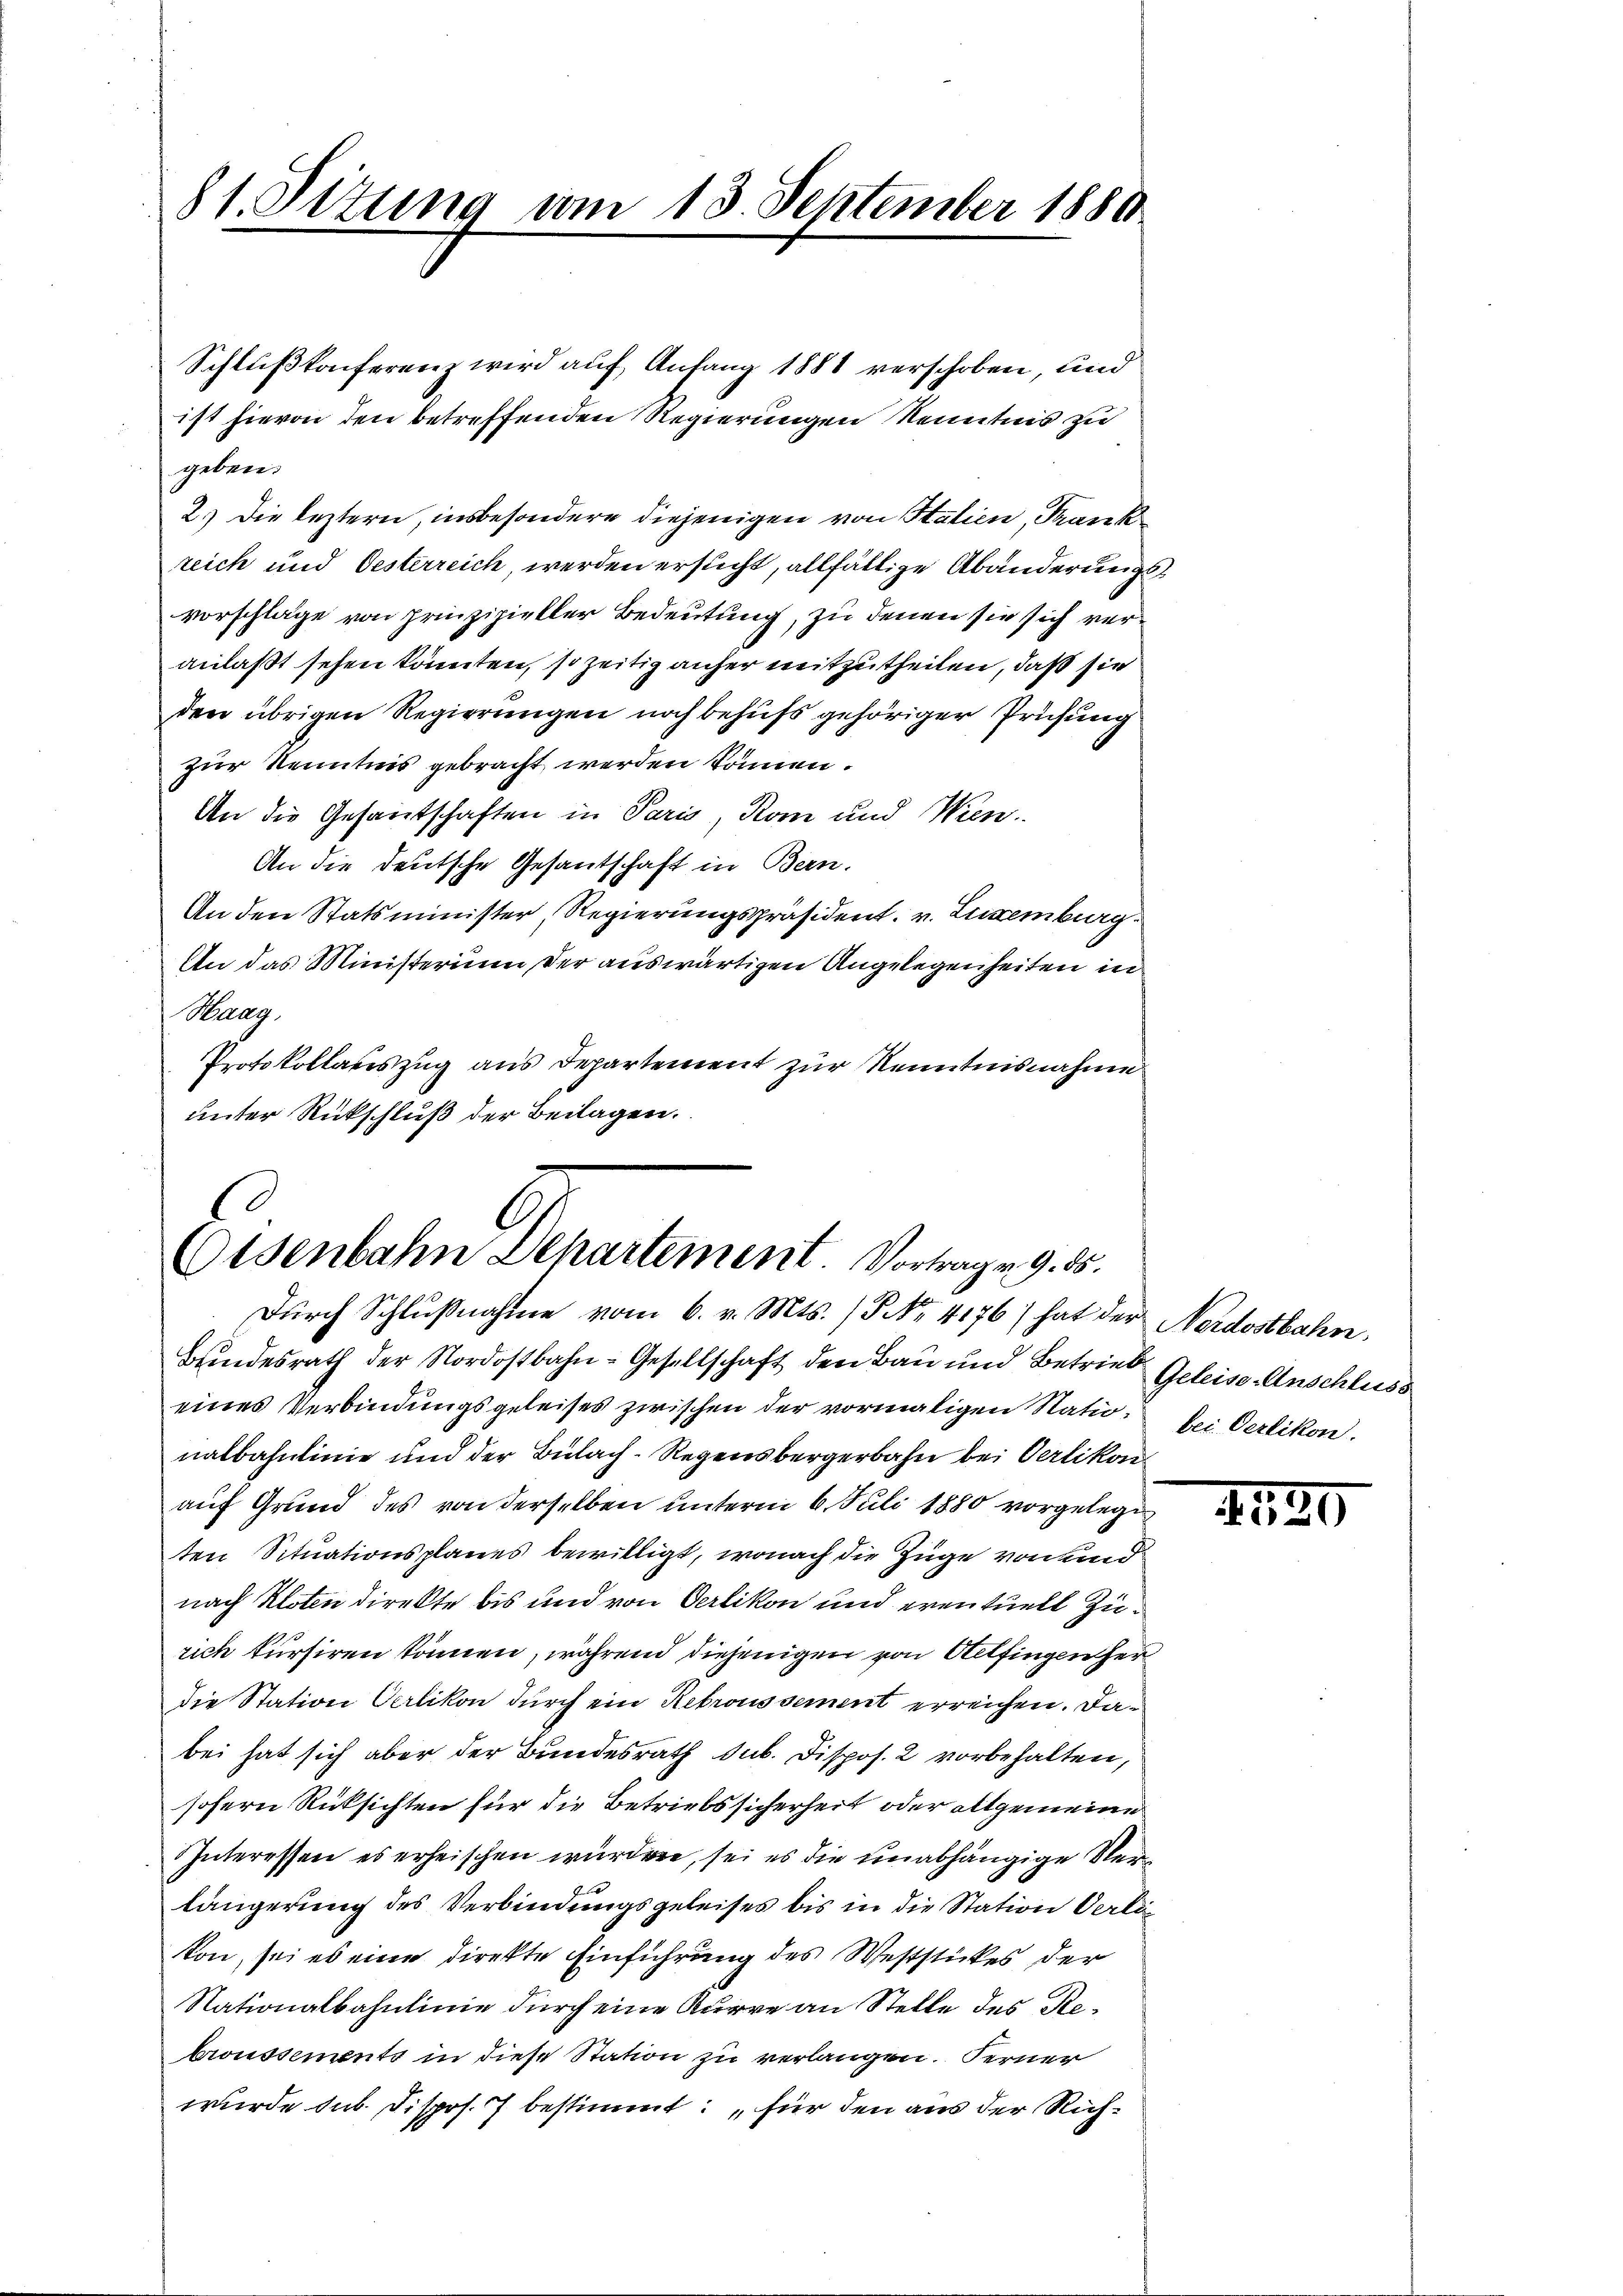
81. Pitung vom 13. September 1880

Osenbahn Departement. Vortrag v. 9. ds.
Dŭrch Schlŭβnahme vom 6. v. Mts. (T NNo. 4176) hat der Nordostbahn

Schlußkonferenz wird auf Anfang 1881 verschoben, und
ist hievon den betreffenden Regierungen Kenntnis zu
geben.
2.) Die leztern, insbesondere diejenigen von Statien, Frank
reich und Oesterreich, werden ersticht, allfällige Abänderungsvorschläge von prinzipieller Bedeutung, zu denen sie sich veranlaßt sehen könnten, so zeitig anher mitzutheilen, daß sie
den übrigen Regierungen noch behufs gehöriger Prüfung
zur Kenntnis gebracht werden können.
An die Gesantschaften in Paris, Rom und Wien
An die deutsche Gesantschaft in Bern.
An den Statsminister Regierungspräsident. v. Luxenburg
An das Ministerium der auswärtigen Angelegenheiten in
Haag,
Protokollateszug aus Departement zur Kenntnisnahme
unter Rückschluß der Beilagen.

Bindesrath der Nordostbahn-Gesellschaft den Bau und Betriebe Geleise Anschluss
eines Verbindungsgeleises zwischen der vormaligen Natio bei Oerlikon.
nalbahnlinie und der Bülach–Regensbergerbahn bei Oerlikon
auf Grund des von derselben unterm 6. Juli 1880 vorgelege
ten Situationsplanes bewilligt, wonach die Züge von und
nach Kloten direkte bis und von Oerlikon und eventuell Zurich kursiren können, während diejenigen von Altfingen her
die Station Oerlikon durch ein Rekroussement erreichen. Dabei hat sich aber der Bundesrath sub. Dispos. 2 vorbehalten,
sofern Rüksichten für die Betriebssicherheit oder allgemeine
Interessen es erheischen würden, sei es die unabhängige Verlängerung des Verbindungsgeleises bis in die Station Oerlikon, sei es eine direkte Einführung des Weststückes der
Nationalbahnlinie durch eine Kurve an Stelle des Rebroussements in diese Station zu verlangen. Ferner
wurde sub. Dispos. 7 bestimmt: für den aus der Rich¬

252